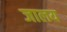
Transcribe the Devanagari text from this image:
जालय